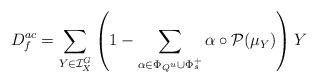
LaTeX: \begin{align*}D^{ac}_f= \sum_{Y\in \mathcal{I}_X^G}\left(1-\sum_{\alpha\in \Phi_{Q^u}\cup \Phi_s^+}\alpha\circ\mathcal{P}(\mu_Y)\right)Y\end{align*}